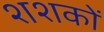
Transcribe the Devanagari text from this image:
शशकों